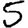
Digit: 5